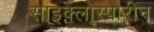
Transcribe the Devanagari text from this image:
साइक्लोस्पोरीन